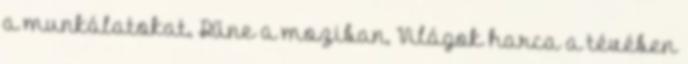
a munkálatokat. Dűne a moziban, Világok harca a tévében